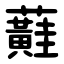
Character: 蘳